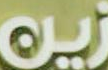
زين